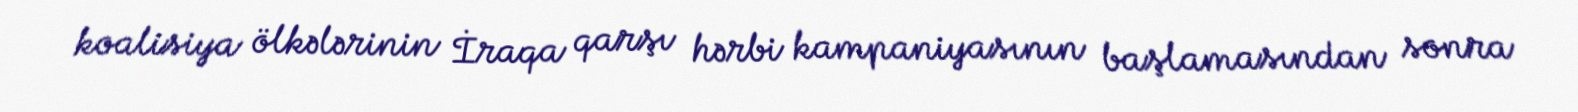
koalisiya ölkələrinin İraqa qarşı hərbi kampaniyasının başlamasından sonra